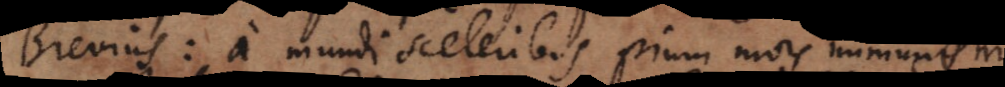
Brevius: a mundi sceleribus pium mors immunem